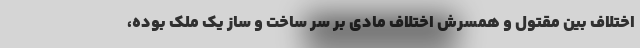
اختلاف بین مقتول و همسرش اختلاف مادی بر سر ساخت و ساز یک ملک بوده،